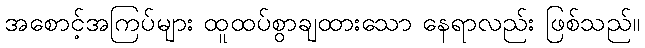
အစောင့်အကြပ်များ ထူထပ်စွာချထားသော နေရာလည်း ဖြစ်သည်။